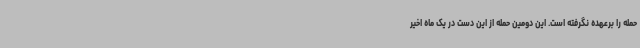
حمله را برعهده نگرفته است. این دومین حمله از این دست در یک ماه اخیر